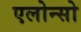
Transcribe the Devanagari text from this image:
एलोन्सो